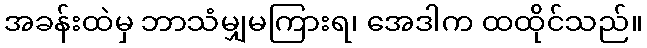
အခန်းထဲမှ ဘာသံမျှမကြားရ၊ အေဒါက ထထိုင်သည်။